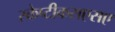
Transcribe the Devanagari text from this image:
स्केप्टीकसएसए